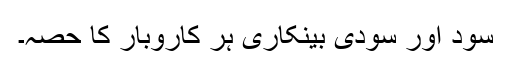
سود اور سودی بینکاری ہر کاروبار کا حصہ۔